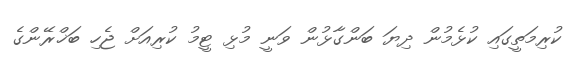
ކުރިމަތީގައި ކުޅެމުން ދިޔަ ބަންގާޅުން ވަނީ މުޅި ޓީމު ކުރިއަށް ޖެހި ބަޚްރޭންގެ